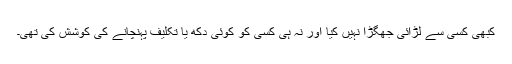
کبھی کسی سے لڑائی جھگڑا نہیں کیا اور نہ ہی کسی کو کوئی دکھ یا تکلیف پہنچانے کی کوشش کی تھی۔